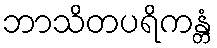
ဘာသိတပရိကန္တံ